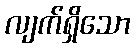
လျက်ရှိသော